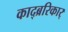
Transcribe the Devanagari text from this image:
काद्ब्ररिकार्